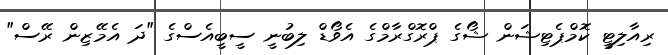
ރިއާލިޓީ ކޮމްޕެޓިޝަން ޝޯގެ ޕްރޮގްރާމްގެ އެވޯޑް ލިބުނީ ސީބީއެސްގެ "ދަ އެމޭޒިން ރޭސް"